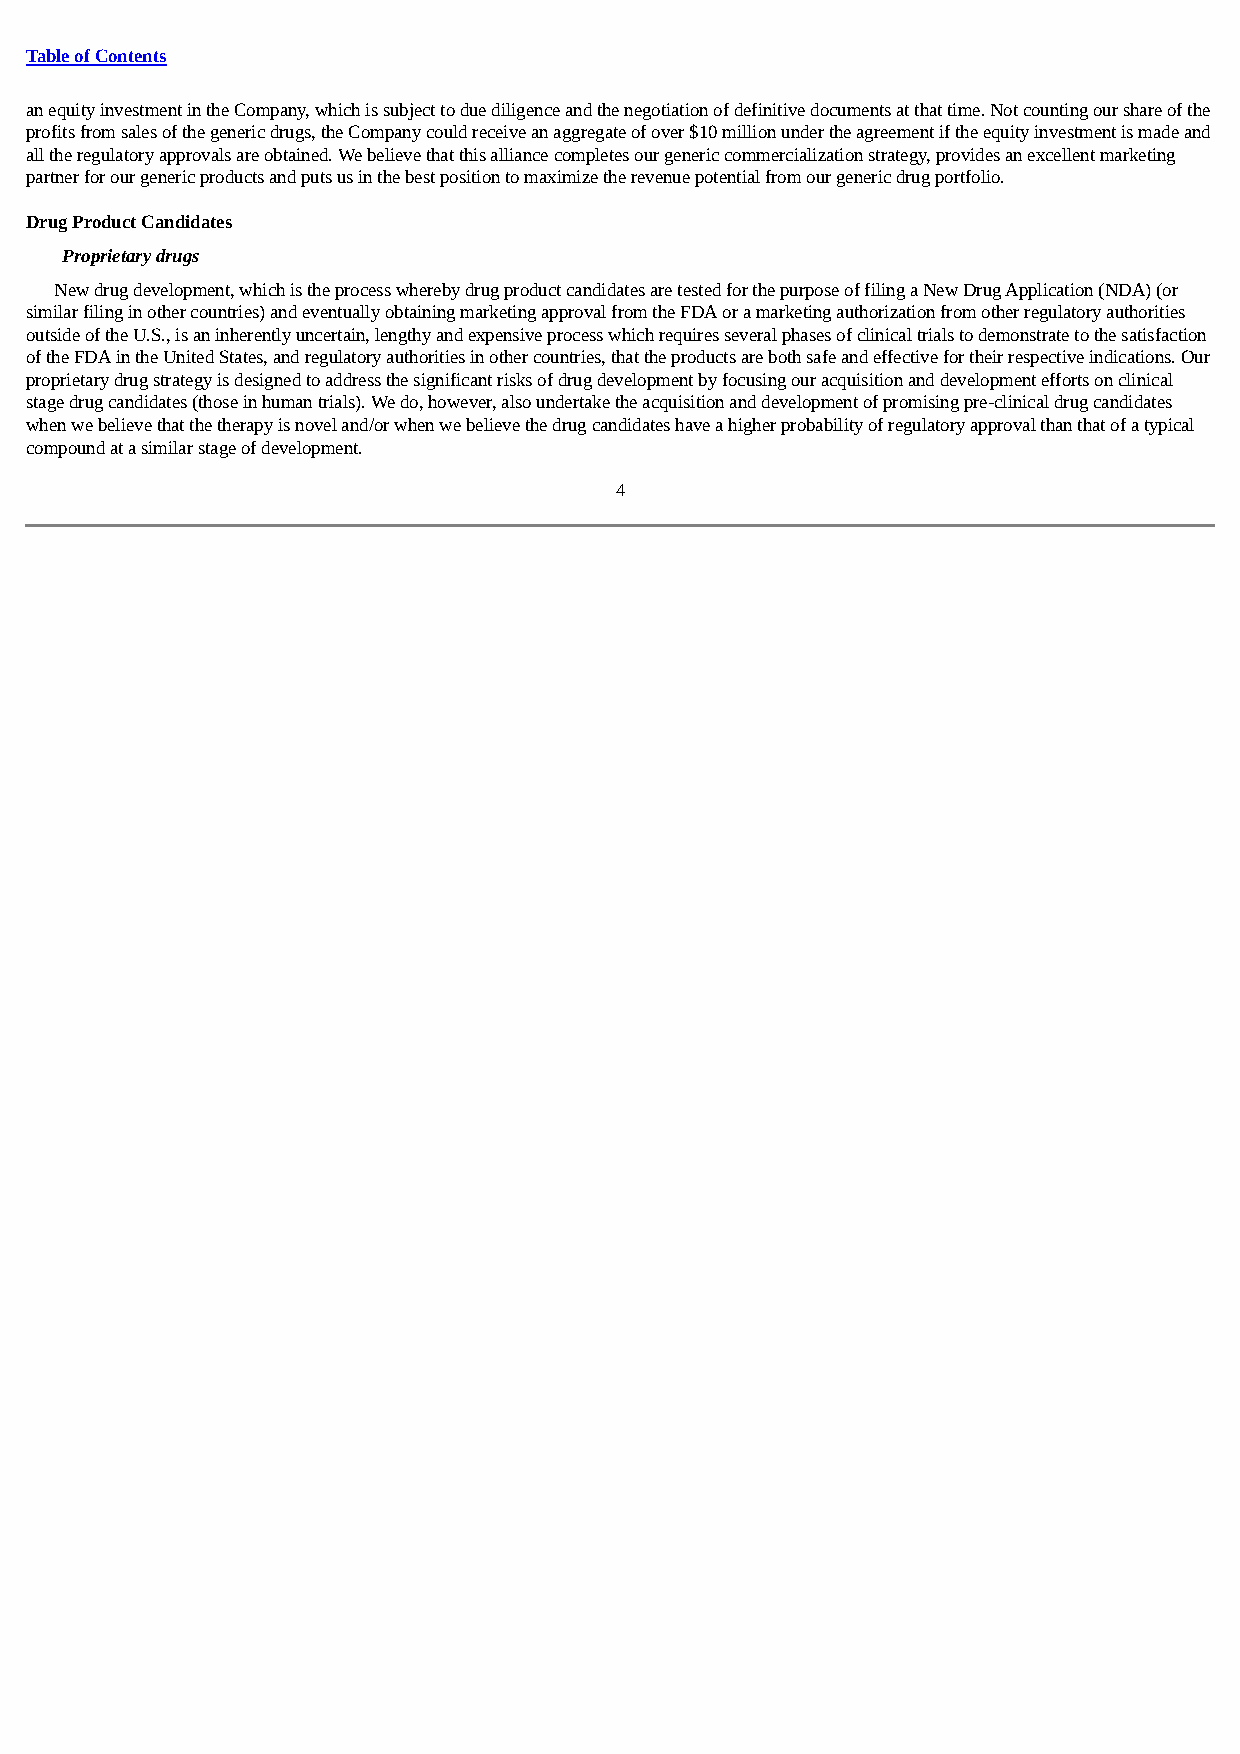
Table of Contents
 an equity investment in the Company, which is subject to due diligence and the negotiation of definitive documents at that time. Not counting our share of the
 profits from sales of the generic drugs, the Company could receive an aggregate of over $10 million under the agreement if the equity investment is made and
 all the regulatory approvals are obtained. We believe that this alliance completes our generic commercialization strategy, provides an excellent marketing
 partner for our generic products and puts us in the best position to maximize the revenue potential from our generic drug portfolio.
 Drug Product Candidates
 Proprietary drugs
 New drug development, which is the process whereby drug product candidates are tested for the purpose of filing a New Drug Application (NDA) (or
 similar filing in other countries) and eventually obtaining marketing approval from the FDA or a marketing authorization from other regulatory authorities
 outside of the U.S., is an inherently uncertain, lengthy and expensive process which requires several phases of clinical trials to demonstrate to the satisfaction
 of the FDA in the United States, and regulatory authorities in other countries, that the products are both safe and effective for their respective indications. Our
 proprietary drug strategy is designed to address the significant risks of drug development by focusing our acquisition and development efforts on clinical
 stage drug candidates (those in human trials). We do, however, also undertake the acquisition and development of promising pre-clinical drug candidates
 when we believe that the therapy is novel and/or when we believe the drug candidates have a higher probability of regulatory approval than that of a typical
 compound at a similar stage of development.
 4